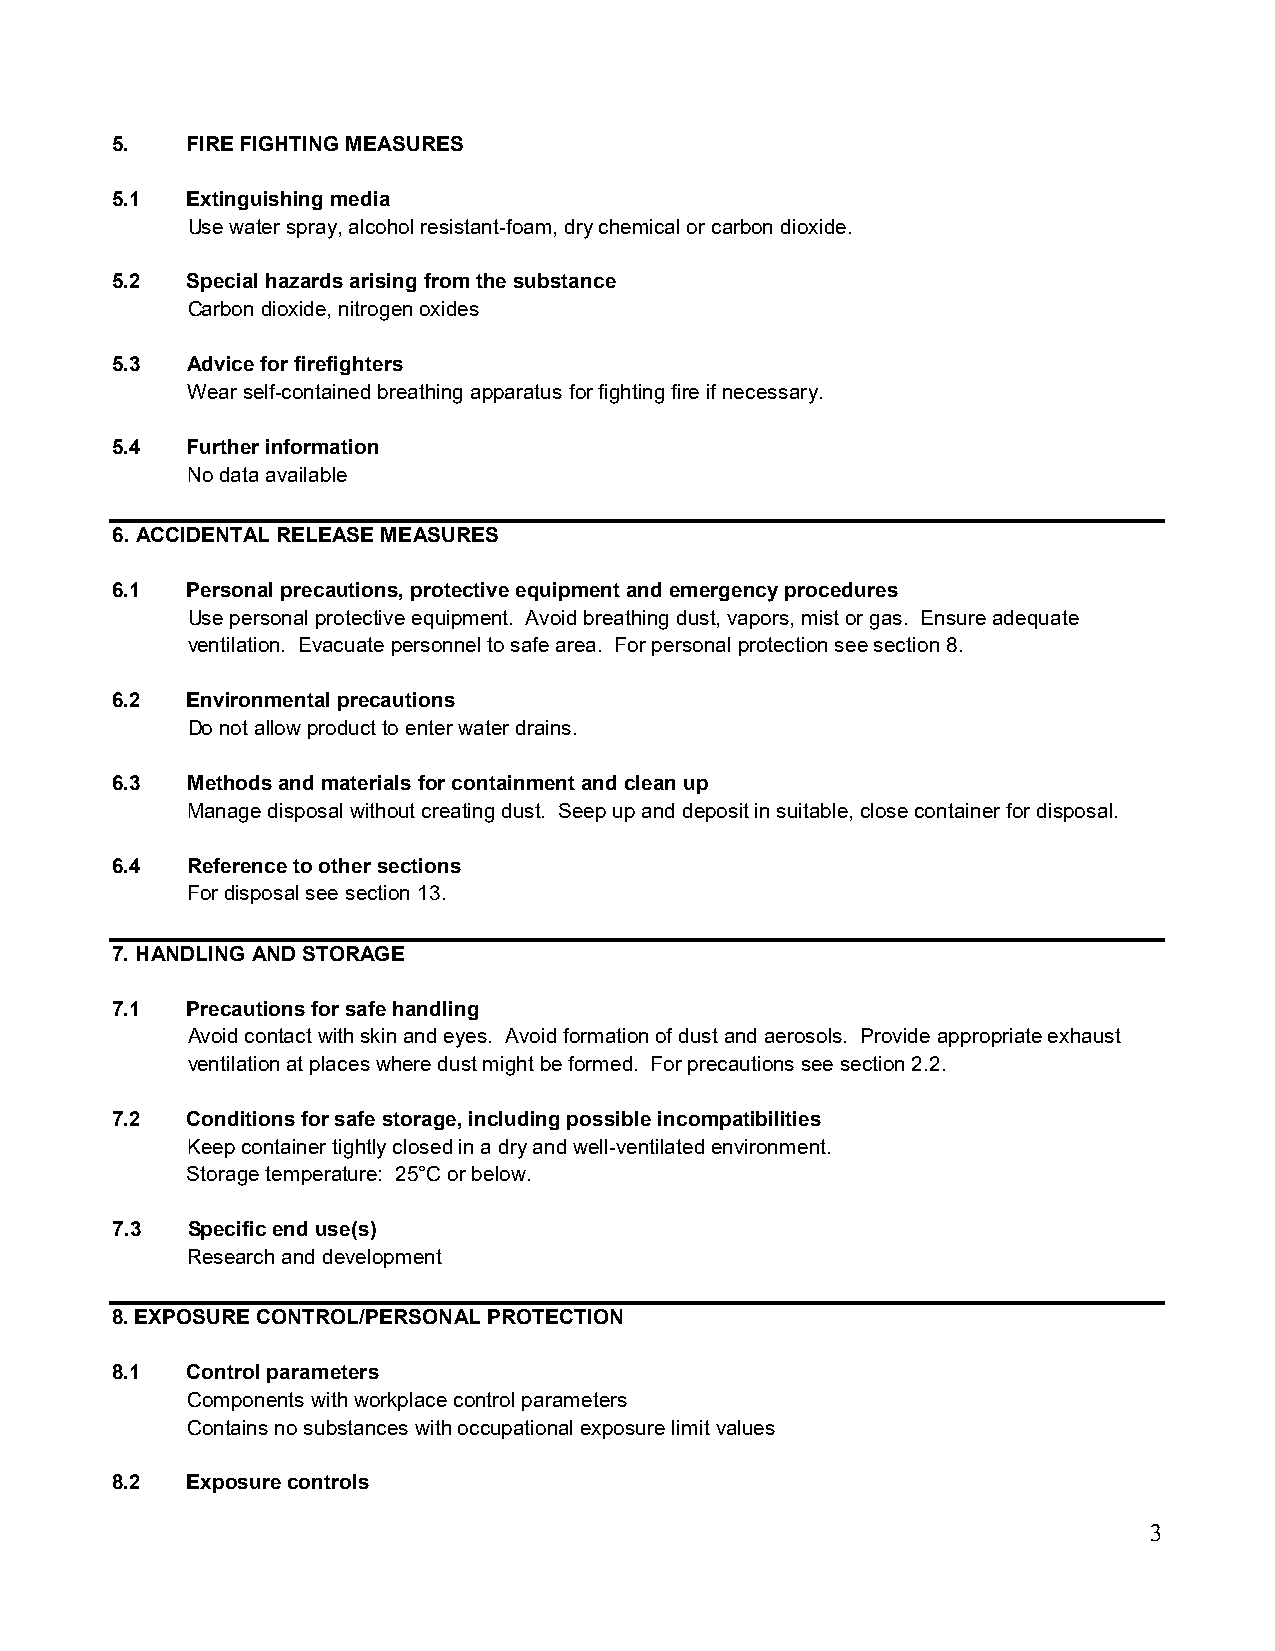
5.   FIRE FIGHTING MEASURES
 5.1  Extinguishing media
 Use water spray, alcohol resistant-foam, dry chemical or carbon dioxide.
 5.2  Special hazards arising from the substance
 Carbon dioxide, nitrogen oxides
 5.3  Advice for firefighters
 Wear self-contained breathing apparatus for fighting fire if necessary.
 5.4  Further information
 No data available
 6. ACCIDENTAL RELEASE MEASURES
 6.1  Personal precautions, protective equipment and emergency procedures
 Use personal protective equipment. Avoid breathing dust, vapors, mist or gas. Ensure adequate
 ventilation. Evacuate personnel to safe area. For personal protection see section 8.
 6.2  Environmental precautions
 Do not allow product to enter water drains.
 6.3  Methods and materials for containment and clean up
 Manage disposal without creating dust. Seep up and deposit in suitable, close container for disposal.
 6.4  Reference to other sections
 For disposal see section 13.
 7. HANDLING AND STORAGE
 7.1  Precautions for safe handling
 Avoid contact with skin and eyes. Avoid formation of dust and aerosols. Provide appropriate exhaust
 ventilation at places where dust might be formed. For precautions see section 2.2.
 7.2  Conditions for safe storage, including possible incompatibilities
 Keep container tightly closed in a dry and well-ventilated environment.
 Storage temperature: 25°C or below.
 7.3  Specific end use(s)
 Research and development
 8. EXPOSURE CONTROL/PERSONAL PROTECTION
 8.1  Control parameters
 Components with workplace control parameters
 Contains no substances with occupational exposure limit values
 8.2  Exposure controls
 3